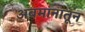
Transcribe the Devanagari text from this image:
अवमानातून